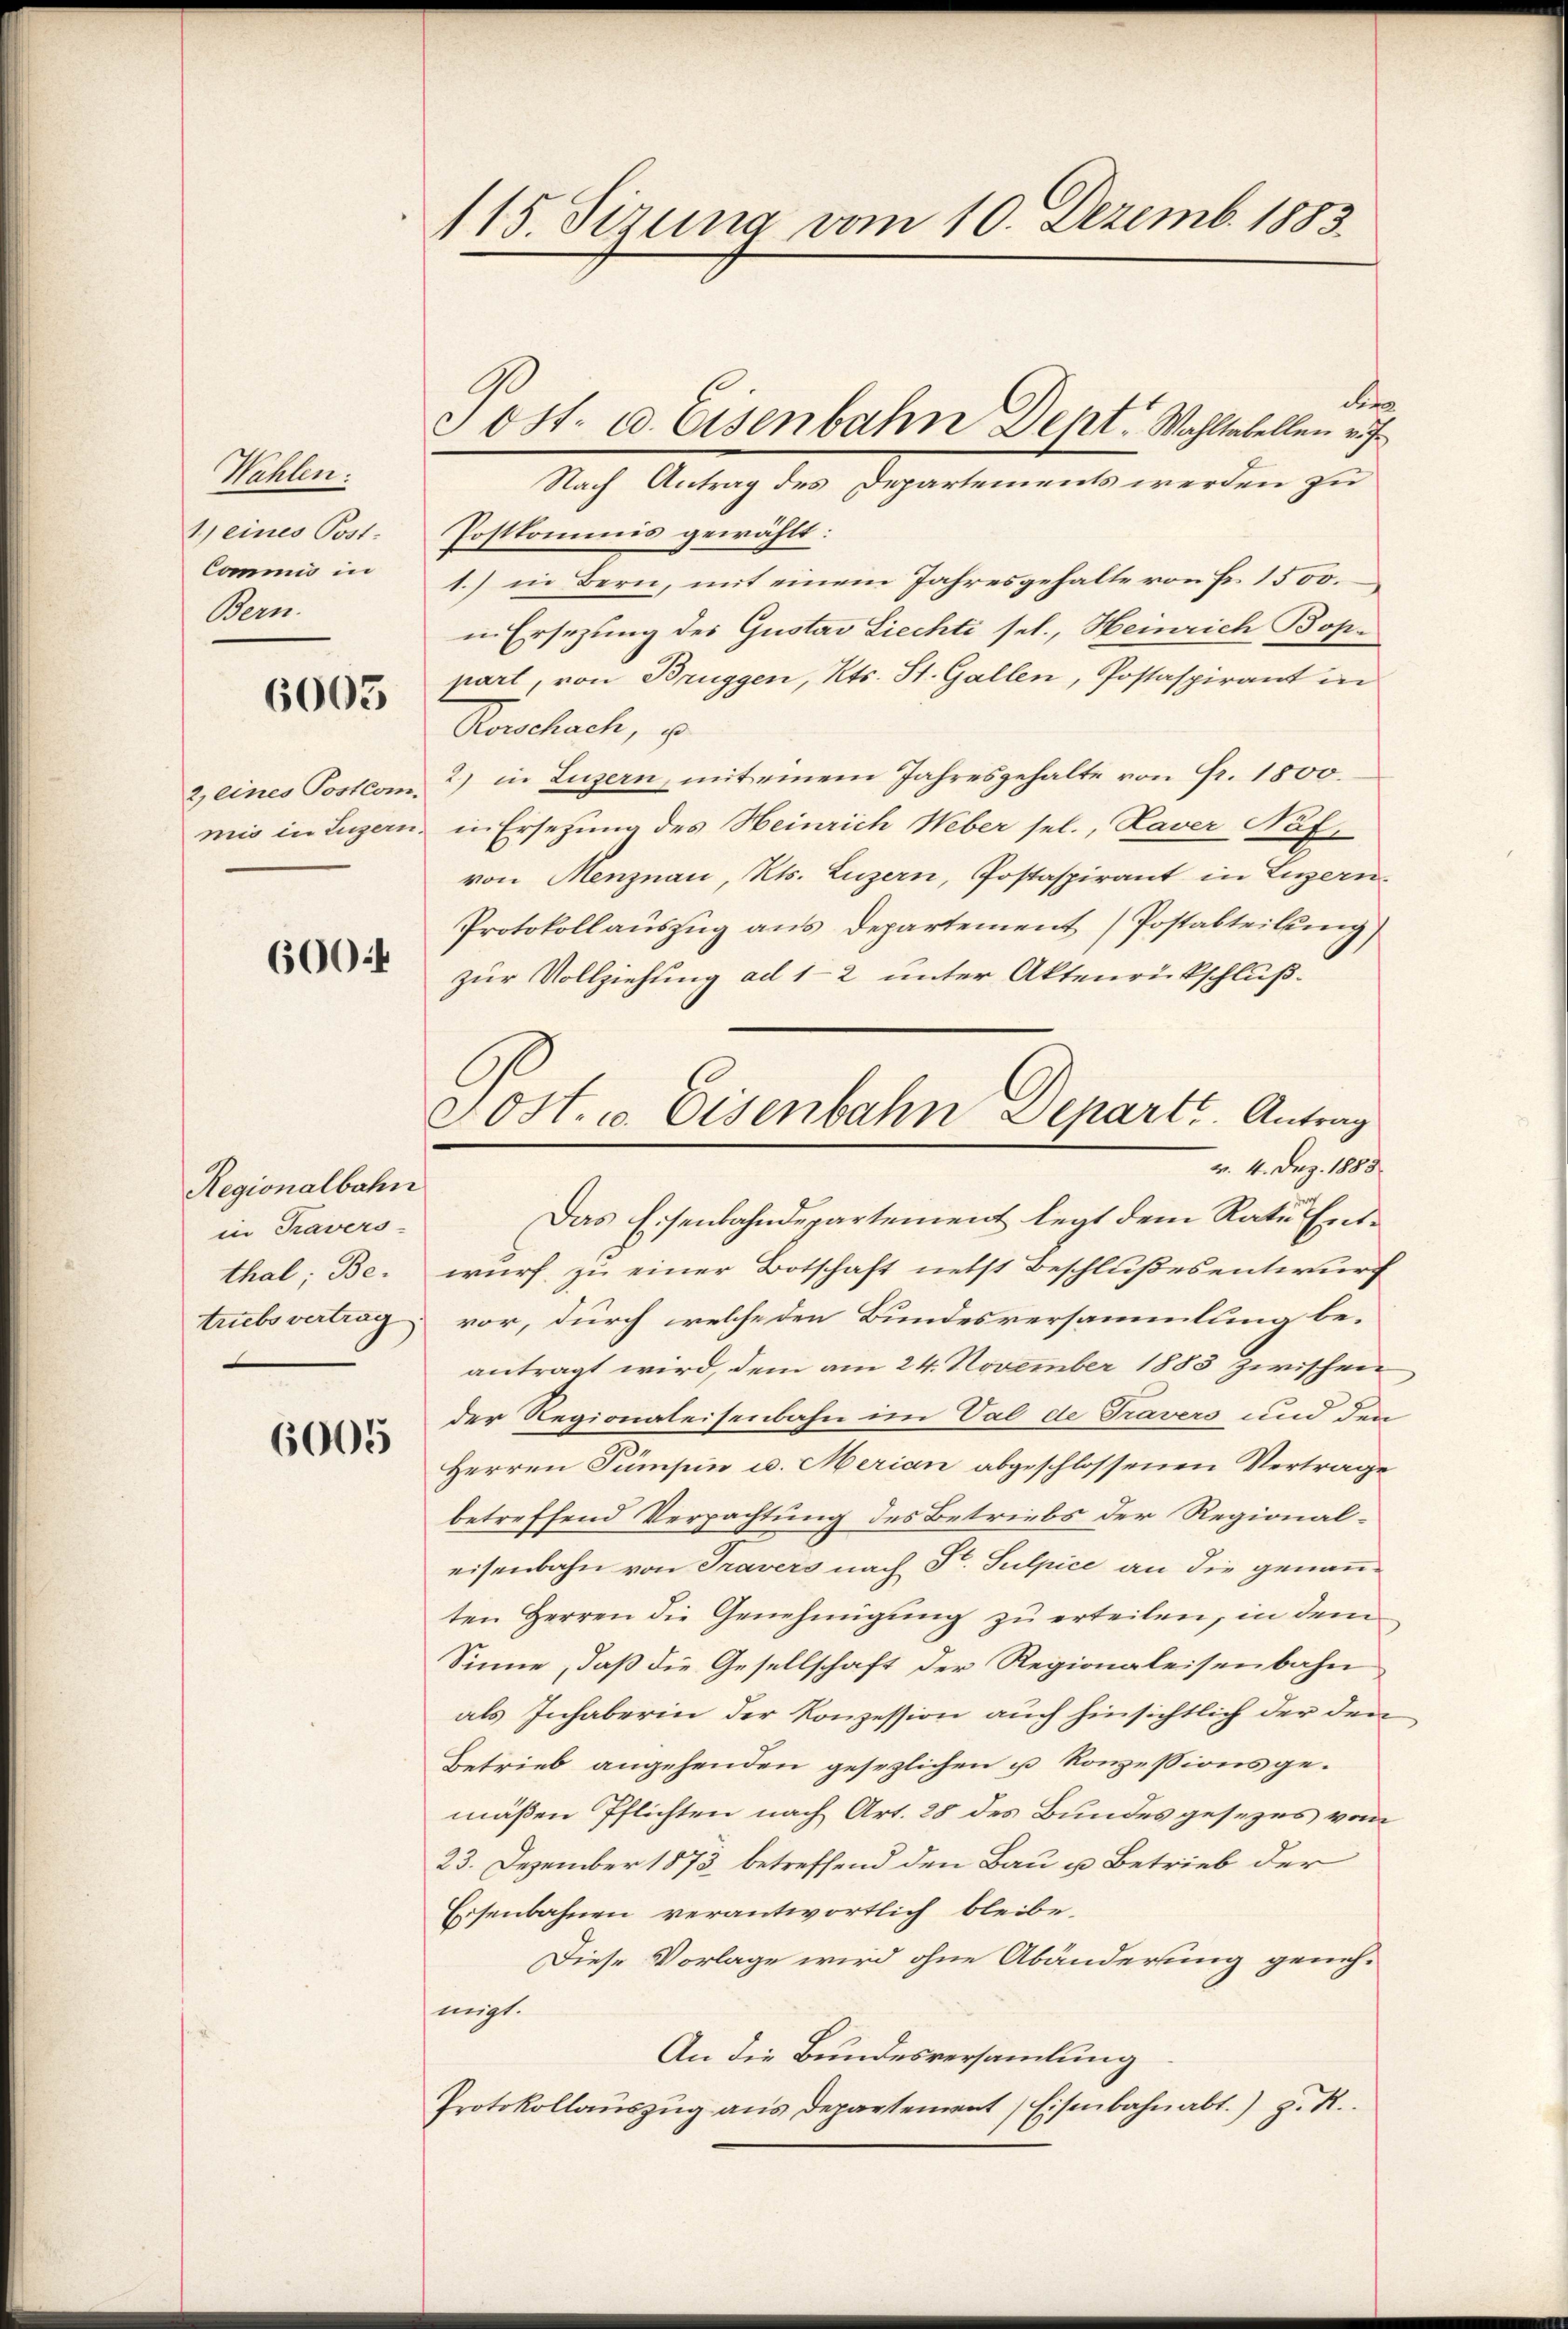
Wahlen:
1) eines Post.
Commis in
Bern.

6005

600.

Regionalbahn
in Travers-
thal; Be
triebs vertrag

6005

115. Sizung vom 10. Dezemb. 1883.

det
Postkommnis gewählt:
1.) in Bern, mit einem Jahresgehalte von Fr. 1500.
in Ersezung des Gustav Liechti sel., Heinrich Bop.
part, von Brüggen, Kts. St. Gallen, Postaspirant in
Rorschach, p
2 eines Posto 2) in Luzern, mit einem Jahresgehalte von Fr. 1800.
mis in Luzern, in Ersetzung des Heinrich Weber sel., Laver Näf,
von Menznau, Kts. Luzern, Postaspirant in Luzern.
Protokollauszug aus Departement (Postabteilung
zur Vollziehung ad 12 unter Aktenrückschlußwurf zu einer Botschaft nett Beschlußesentwurf
vor, durch welche den Bundesversammlung be-
antragt wird, dem am 24. November 1883 zwischen
der Regionaleisenbahn im Val de Travers und den
Herren Sumpin u. Merian abgeschlossenen Vertrage
betreffend Verpachtung des Betriebs der Regionaleisenbahn von Travers nach Sr. Sulpice an die genannten Herren die Genehmigung zu erteilen, in dem
Sinne, daß die Gesellschaft der Regionaleisenbahn
als Inhaberin der Konzession auch hinsichtlich der den
Betrieb angehenden gesezlichen u Konzessionsgemäßen Pflichten nach Art. 28 des Bundesgesezes vom
23. Dezember 1873 betreffend den Bau u. Betrieb der
Eisenbahnen verantwortlich bleibe.
Diese Vorlage wird ohne Abänderung geneh-
migt.
An die Bundesversammlung
Protokollaŭszŭg ans Departement Eisenbahnabt.) J. R.

Tost. a. Eisenbahn Dept. Wahltabellen v
Nach Antrag des Departements werden zu

Sost. u. Eisenbahn Depart. Antrag
v. 4. Dez. 1883
Das Eisenbahndepartement legt dem Rate Ent¬